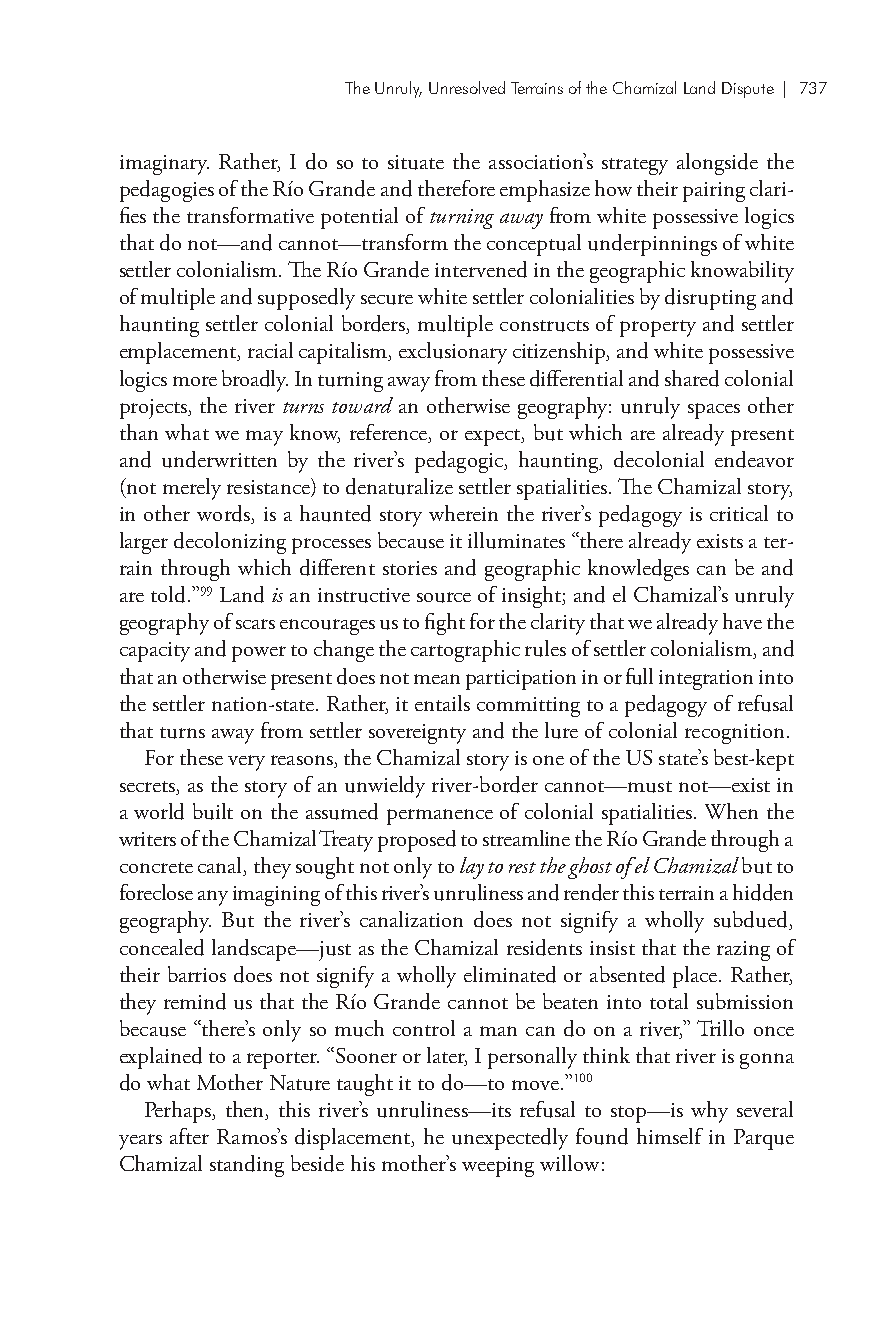
The Unruly, Unresolved Terrains of the Chamizal Land Dispute| 737
 imaginary. Rather, I do so to situate the association’s strategy alongside the
 pedagogies of the Río Grande and therefore emphasize how their pairing clari-
 fies the transformative potential of turning away from white possessive logics
 that do not—and cannot—transform the conceptual underpinnings of white
 settler colonialism. The Río Grande intervened in the geographic knowability
 of multiple and supposedly secure white settler colonialities by disrupting and
 haunting settler colonial borders, multiple constructs of property and settler
 emplacement, racial capitalism, exclusionary citizenship, and white possessive
 logics more broadly. In turning away from these differential and shared colonial
 projects, the river turns toward an otherwise geography: unruly spaces other
 than what we may know, reference, or expect, but which are already present
 and underwritten by the river’s pedagogic, haunting, decolonial endeavor
 (not merely resistance) to denaturalize settler spatialities. The Chamizal story,
 in other words, is a haunted story wherein the river’s pedagogy is critical to
 larger decolonizing processes because it illuminates “there already exists a ter-
 rain through which different stories and geographic knowledges can be and
 are told.”99 Land is an instructive source of insight; and el Chamizal’s unruly
 geography of scars encourages us to fight for the clarity that we already have the
 capacity and power to change the cartographic rules of settler colonialism, and
 that an otherwise present does not mean participation in or full integration into
 the settler nation-state. Rather, it entails committing to a pedagogy of refusal
 that turns away from settler sovereignty and the lure of colonial recognition.
 For these very reasons, the Chamizal story is one of the US state’s best-kept
 secrets, as the story of an unwieldy river-border cannot—must not—exist in
 a world built on the assumed permanence of colonial spatialities. When the
 writers of the Chamizal Treaty proposed to streamline the Río Grande through a
 concrete canal, they sought not only to lay to rest the ghost of el Chamizal but to
 foreclose any imagining of this river’s unruliness and render this terrain a hidden
 geography. But the river’s canalization does not signify a wholly subdued,
 concealed landscape—just as the Chamizal residents insist that the razing of
 their barrios does not signify a wholly eliminated or absented place. Rather,
 they remind us that the Río Grande cannot be beaten into total submission
 because “there’s only so much control a man can do on a river,” Trillo once
 explained to a reporter. “Sooner or later, I personally think that river is gonna
 do what Mother Nature taught it to do—to move.”100
 Perhaps, then, this river’s unruliness—its refusal to stop—is why several
 years after Ramos’s displacement, he unexpectedly found himself in Parque
 Chamizal standing beside his mother’s weeping willow: